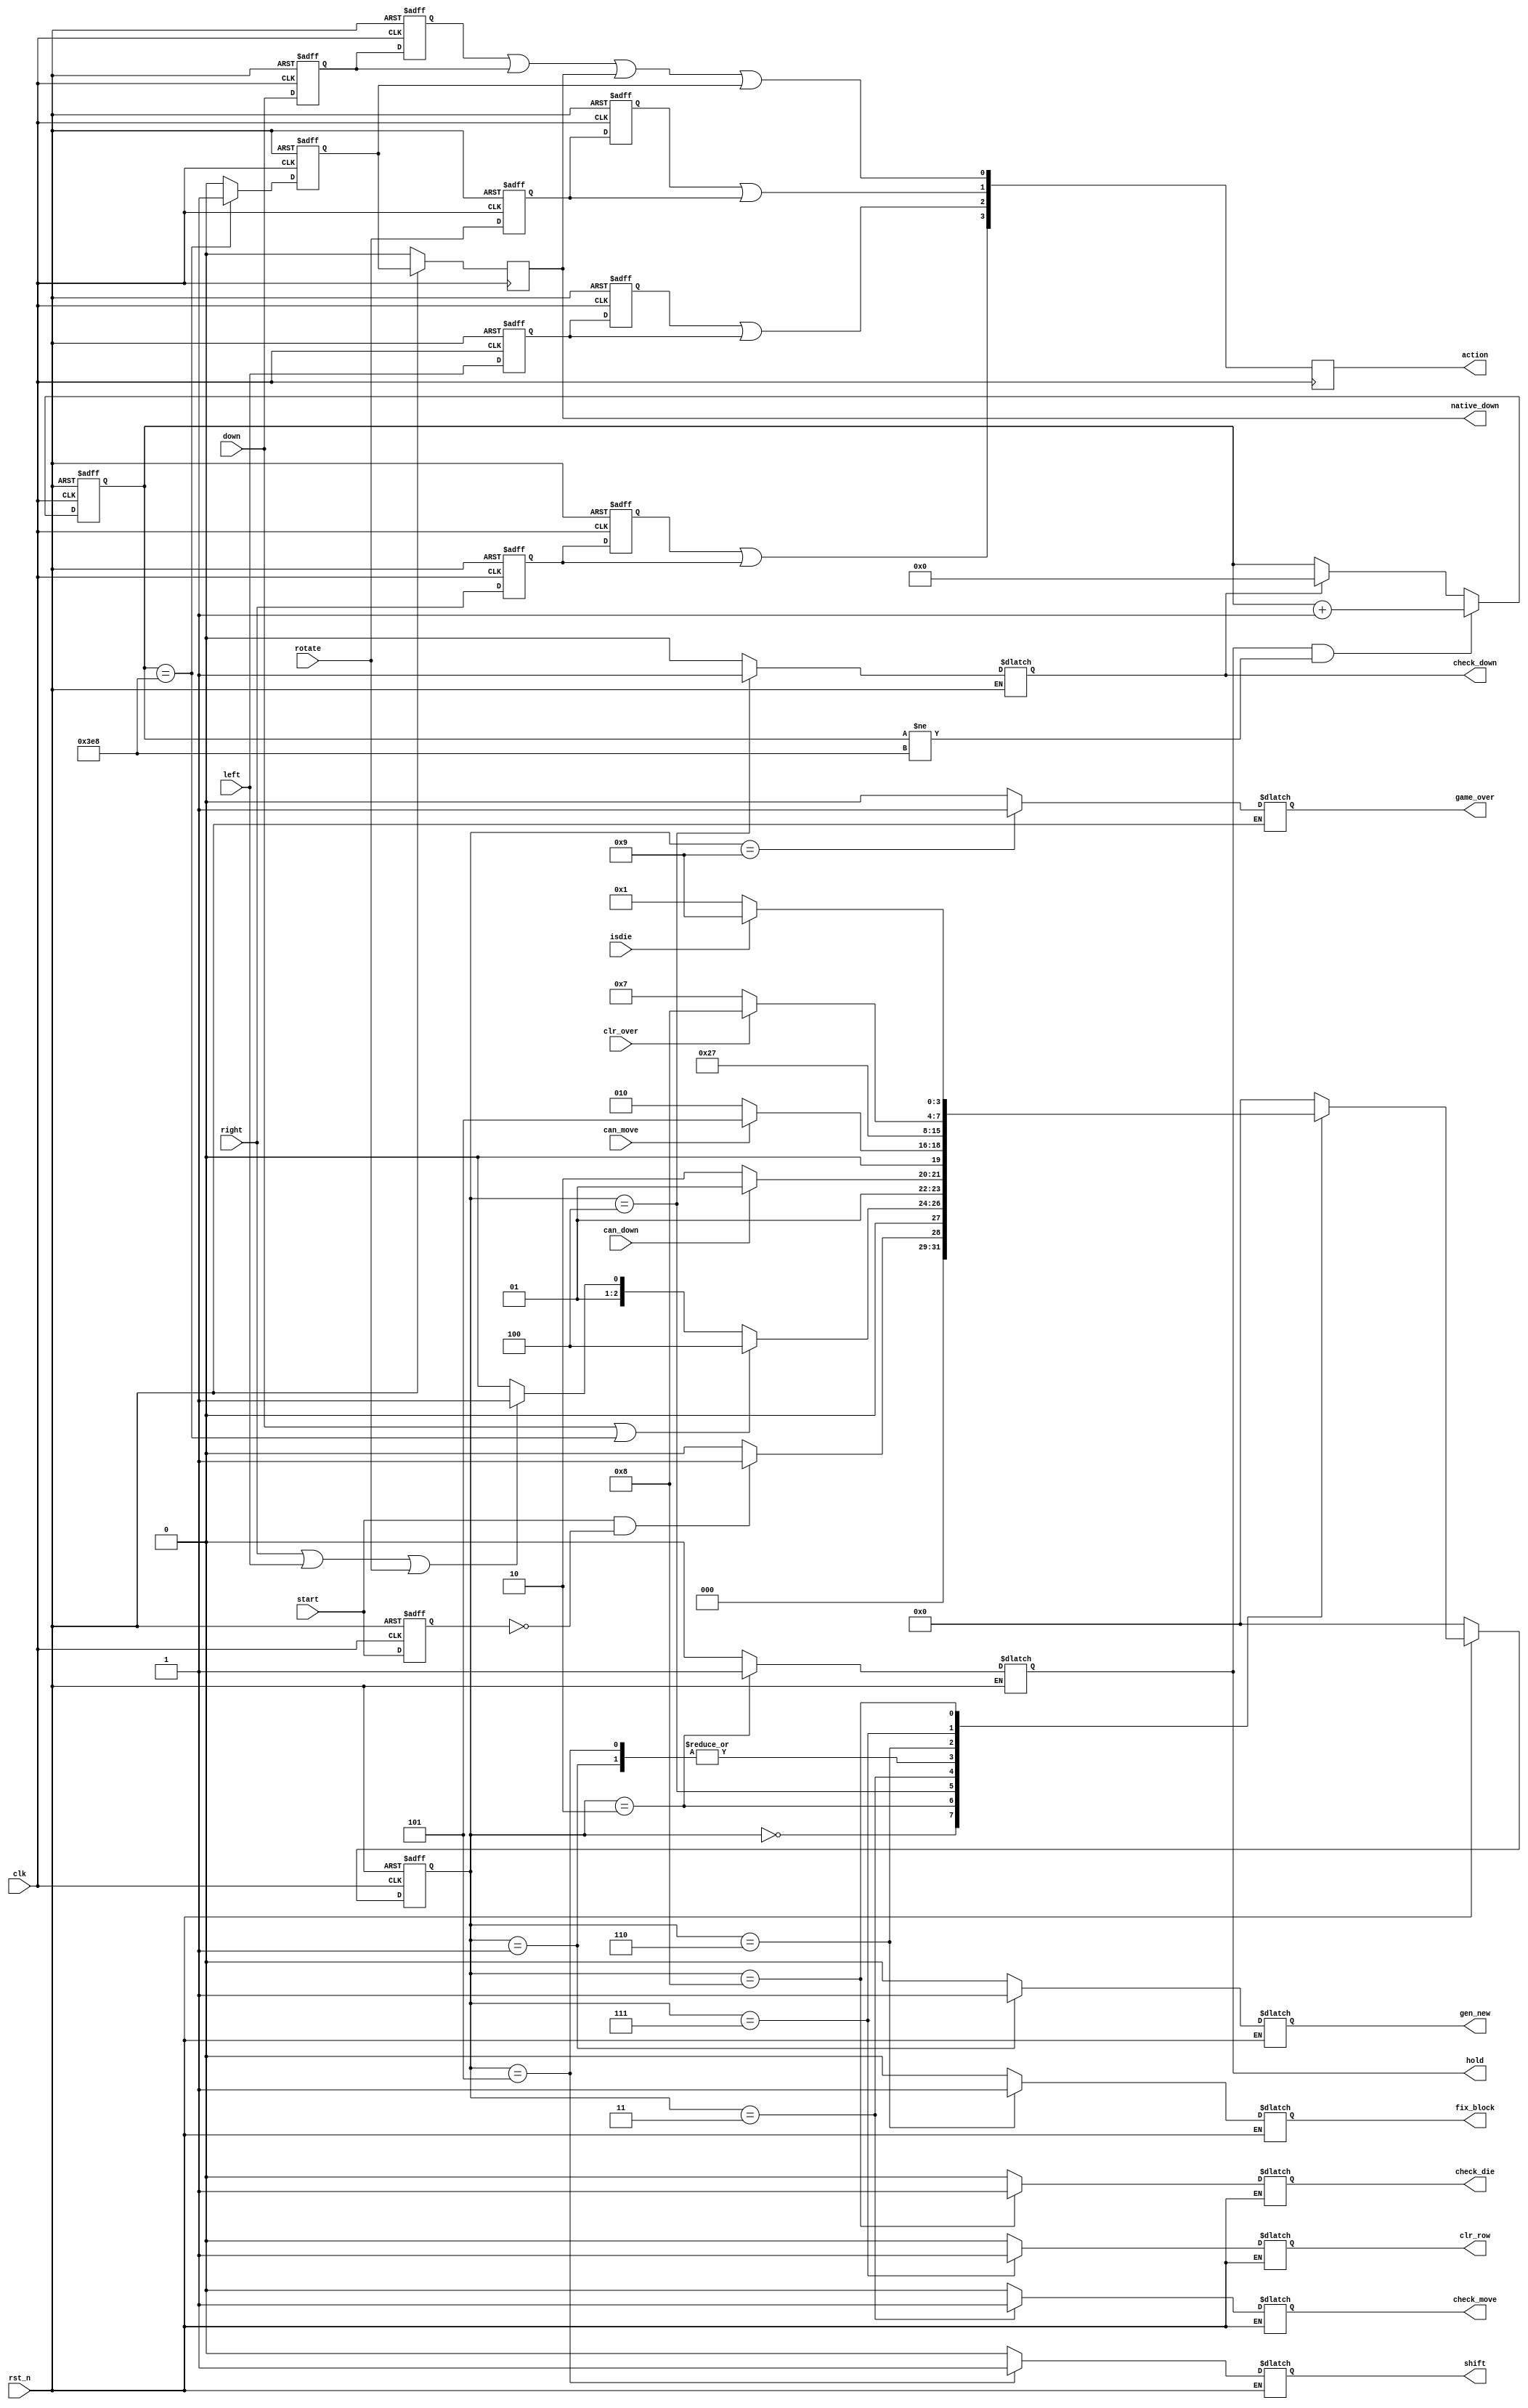
module control(
input clk,
input rst_n,
input start,
input right,
input left,
input down,
input rotate,

input can_move,
input can_down,
input clr_over,
input isdie,

output reg [3:0]action,
output reg gen_new,
output reg hold,
output reg check_move,
output reg check_down,
output reg shift,
output reg fix_block,
output reg clr_row,
output reg check_die,
output reg game_over,

output reg native_down
);

parameter s_idle=4'd0,
			s_gen_new=4'd1,
			s_hold=4'd2,
			s_check_move=4'd3,
			s_check_down=4'd4,
			s_shift=4'd5,
			s_fix_block=4'd6,
			s_clr_row=4'd7,
			s_check_die=4'd8,
			s_game_over=4'd9;
reg [3:0]next_state;
reg [3:0]state;

//reg hold;
 
reg right_reg;
reg left_reg;
reg rotate_reg;
reg down_reg;
reg right_reg_2;
reg left_reg_2;
reg rotate_reg_2;
reg down_reg_2;
reg start_reg;
always@(posedge clk,negedge rst_n)
begin 
if(!rst_n)
begin
	start_reg<=0;
	right_reg<=0;
	left_reg<=0;
	rotate_reg<=0;
	down_reg<=0;
end
else
begin
	start_reg<=start;
	right_reg<=right;
	left_reg<=left;
	rotate_reg<=rotate;
	down_reg<=down;
end
end
always@(posedge clk,negedge rst_n)
begin 
if(!rst_n)
begin
	right_reg_2<=0;
	left_reg_2<=0;
	rotate_reg_2<=0;
	down_reg_2<=0;
end
else
begin
	right_reg_2<=right_reg;
	left_reg_2<=left_reg;
	rotate_reg_2<=rotate_reg;
	down_reg_2<=down_reg;
end
end
always@(posedge clk,negedge rst_n)
begin
if(!rst_n)
	state<=s_idle;
else state<=next_state;
end

always@(*)
begin
if(!rst_n)
	next_state=s_idle;
else 
begin
	next_state=s_idle;
	gen_new=0;
	hold=0;
	check_down=0;
	check_move=0;
	check_die=0;
	shift=0;
	fix_block=0;
	clr_row=0;
	game_over=0;
	case(state)
	s_idle:
		begin
		if(start==1&&start_reg==0)
		begin
			next_state=s_gen_new;
		end
		else 
		begin 
			next_state=s_idle;
		end
		end
	s_gen_new:
		begin
		gen_new=1;
		next_state=s_hold;
		end
	s_hold:
	begin
		hold=1;
		//if((down==1&&down_reg==0)||cnt_down==go_down)
		if((down==1)||cnt_down==go_down)
		begin
			next_state=s_check_down;
		end
		else if((right==1)||(left==1)||(rotate==1))
		begin
			next_state=s_check_move;
		end
		else next_state=s_hold;
	end
	s_check_down:
		begin
		check_down=1;
		if(can_down==1)
		begin
			next_state=s_shift;
		end
		else 
		begin next_state=s_fix_block;end
		end
	s_check_move:
		begin
		check_move=1;
		if(can_move==1)
			begin
			next_state=s_shift;
			end
		else begin next_state=s_hold; end
		end
	s_shift:
		begin
		shift=1;
		next_state=s_hold;
		end
	s_fix_block:
		begin
		fix_block=1;
		next_state=s_clr_row;
		end
	s_clr_row:
		begin
		clr_row=1;
		if(clr_over==1)
			begin
			next_state=s_check_die;
			end
		else begin next_state=s_clr_row; end
		end
	s_check_die:
		begin
		check_die=1;
		if(isdie==1)
			begin
			next_state=s_game_over;
			end
		else begin next_state=s_gen_new;end
		end
	s_game_over:
		begin
		game_over=1;
		next_state=s_idle;
		end
	default:begin next_state=s_idle;end
	endcase
end
end

//reg native_down;
reg [9:0]cnt_down;
parameter go_down=10'd1000;
always@(posedge clk,negedge rst_n)
begin
if(!rst_n)
	cnt_down<=0;
else if(hold==1&&cnt_down!=go_down)
		begin
			cnt_down<=cnt_down+1;
		end
else if(check_down==1)//
		begin
			cnt_down<=0;
		end
else cnt_down<=cnt_down;
end

reg native_down_reg;
always@(posedge clk,negedge rst_n)
begin
if(!rst_n)
begin
	native_down_reg<=0;
end
else if(cnt_down==go_down)
begin
	native_down_reg<=1;
end
else native_down_reg<=0;
end

always@(posedge clk)
begin
if(!rst_n)
	native_down<=0;
else native_down<=native_down_reg;//native_down delay one clock ,native_down_reg ;
//cnt_down==go_down,这一时钟周期，结束时，cnt_down保持不变，转到check_down,
//由于状态机对所有输入敏感，所有在一个周期之内，next_state可变化，若can_down为1,下一个周期便shift==1，此时cnt_down==0了，但此时正好native_down延迟了一个周期，还是1.
end
//需要使得在check_move/check_down以及shift状态都保持action特定位的高电平。
always@(posedge clk)
begin
	action={right_reg_2|right_reg,left_reg_2|left_reg,rotate_reg_2|rotate_reg,down_reg_2|down_reg|native_down|native_down_reg};
end
endmodule